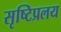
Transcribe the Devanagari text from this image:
सृष्टिप्रलय